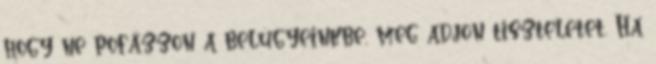
hogy ne pofázzon a belügyeinkbe, meg adjon tiszteletet. Ha